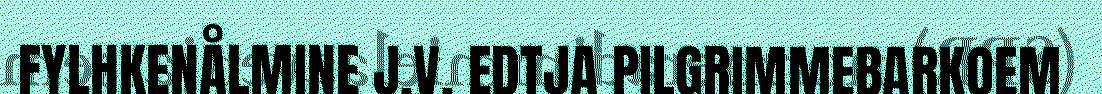
FYLHKENÅLMINE J.V. EDTJA PILGRIMMEBARKOEM